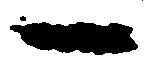
一